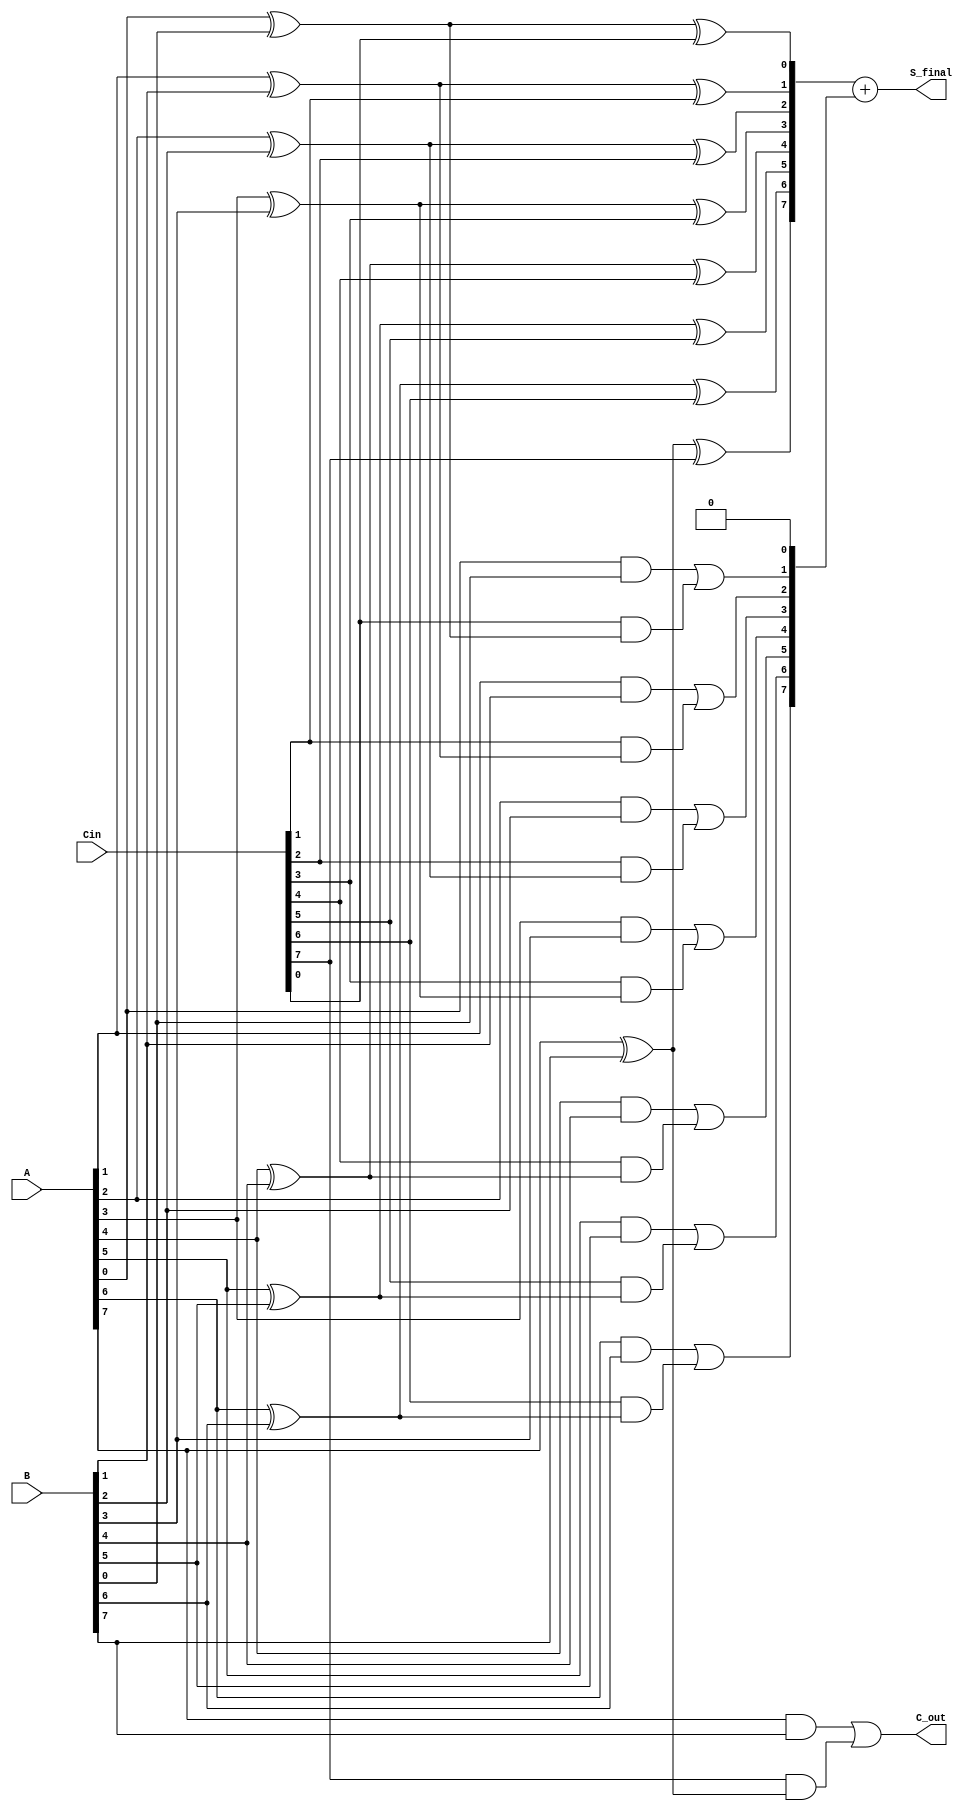
module CarrySaveAdder #(parameter N = 8) (
    input  wire [N-1:0] A,      // First input
    input  wire [N-1:0] B,      // Second input
    input  wire [N-1:0] Cin,     // Carry In
    output wire [N-1:0] S_final, // Final Sum Output
    output wire C_out            // Carry Out
);
    wire [N-1:0] S;             // Partial Sum
    wire [N:0] C;               // Carry bits (extra bit for final carry out)
    
    // Generate partial sums and carry bits
    genvar i;
    generate
        for (i = 0; i < N; i = i + 1) begin : CSA
            // Sum for current bit position
            assign S[i] = A[i] ^ B[i] ^ Cin[i];
            
            // Carry for next bit position
            assign C[i+1] = (A[i] & B[i]) | (Cin[i] & (A[i] ^ B[i]));
        end
    endgenerate

    // Final carry out from the last carry bit
    assign C[0] = 0; // Initial carry is zero
    assign C_out = C[N]; // Final carry output

    // Final sum which includes the last carry
    assign S_final = S + C[N-1:0]; // Adding the last carry to the partial sums

endmodule